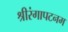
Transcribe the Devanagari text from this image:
श्रीरंगापटनम